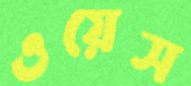
ওয়েস